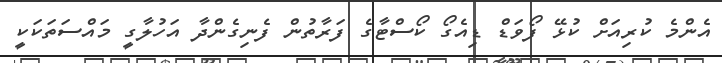
އެންމެ ކުރިއަށް ކުޅޭ ފޯވަޑް ޑިއެގޯ ކޯސްޓާގެ ފަރާތުން ފެނިގެންދާ އަހުލާގީ މައްސަތަކަކީ